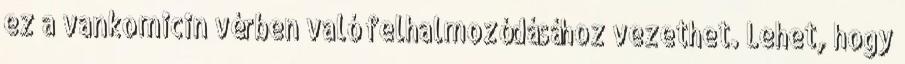
ez a vankomicin vérben való felhalmozódásához vezethet. Lehet, hogy